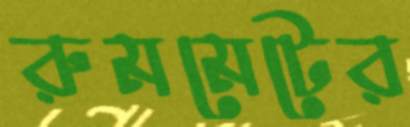
রুমমেটের